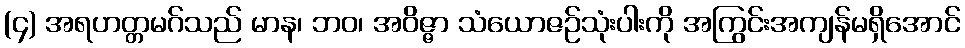
(၄) အရဟတ္တမဂ်သည် မာန၊ ဘဝ၊ အဝိဇ္ဇာ သံယောဇဉ်သုံးပါးကို အကြွင်းအကျန်မရှိအောင်